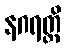
နဂရတ္ထိ